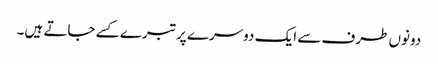
دونوں طرف سے ایک دوسرے پر تبرے کسے جاتے ہیں۔